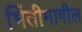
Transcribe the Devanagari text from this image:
भिंतीमागील